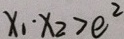
x _ { 1 } \cdot x _ { 2 } > e ^ { 2 }